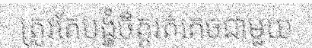
ត្រូវតែបង្ខំចិត្តរត់គេចជាមួយ